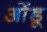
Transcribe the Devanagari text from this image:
ओंडू